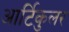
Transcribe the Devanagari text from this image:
आर्टिकुलर